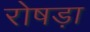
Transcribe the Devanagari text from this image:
रोषड़ा